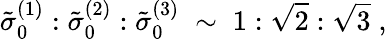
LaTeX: \tilde{\sigma}_{0}^{(1)}:\tilde{\sigma}_{0}^{(2)}:\tilde{\sigma}_{0}^{(3)}\; \sim\; 1:\sqrt{2}:\sqrt{3}\; ,